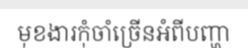
មុខងារកុំចាំច្រើនអំពីបញ្ហា